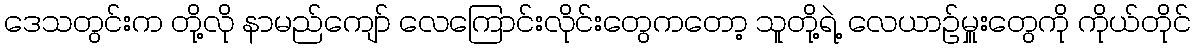
ဒေသတွင်းက တို့လို နာမည်ကျော် လေကြောင်းလိုင်းတွေကတော့ သူတို့ရဲ့ လေယာဉ်မှူးတွေကို ကိုယ်တိုင်